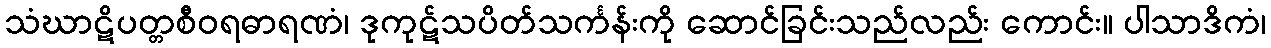
သံဃာဋိပတ္တစီဝရဓာရဏံ၊ ဒုကုဋ်သပိတ်သင်္ကန်းကို ဆောင်ခြင်းသည်လည်း ကောင်း။ ပါသာဒိကံ၊